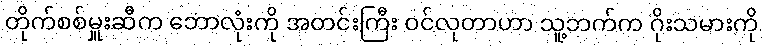
တိုက်စစ်မှူးဆီက ဘောလုံးကို အတင်းကြီး ဝင်လုတာဟာ သူ့ဘက်က ဂိုးသမားကို